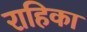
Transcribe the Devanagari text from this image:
राहिका